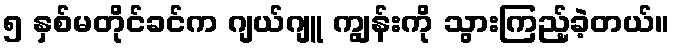
၅ နှစ်မတိုင်ခင်က ဂျယ်ဂျူ ကျွန်းကို သွားကြည့်ခဲ့တယ်။